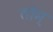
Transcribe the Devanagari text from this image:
तोम्